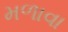
મળાવા